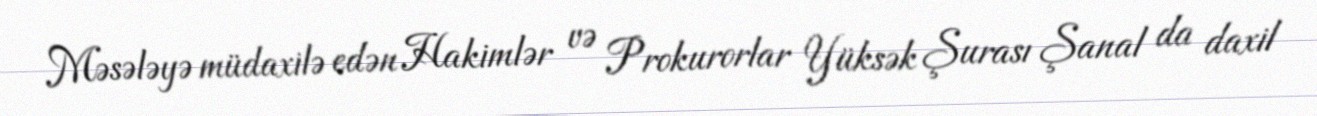
Məsələyə müdaxilə edən Hakimlər və Prokurorlar Yüksək Şurası Şanal da daxil